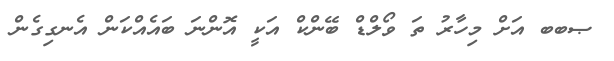
ޞބބ އަށް މިހާރު ތަ ވޯލްޑް ބޭންކް އަކީ އޮންނަ ބައެއްކަން އެނގިގެން